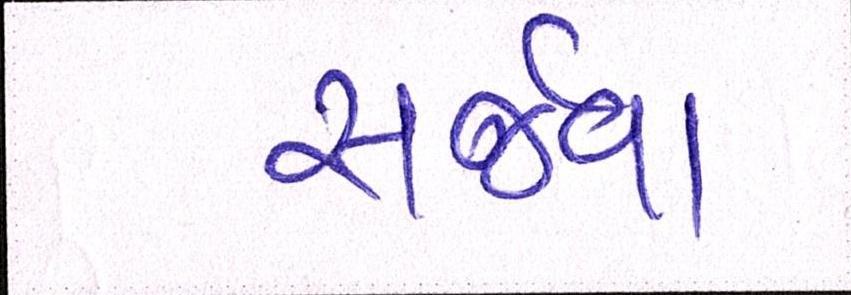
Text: સર્જવા